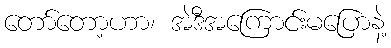
တော်တော့ဟာ၊ အဲဒီအကြောင်းမပြောနဲ့